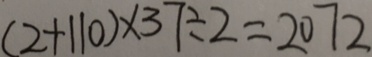
( 2 + 1 1 0 ) \times 3 7 \div 2 = 2 0 7 2